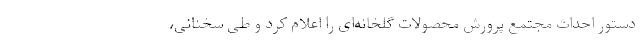
دستور احداث مجتمع پرورش محصولات گلخانه‌ای را اعلام کرد و طی سخنانی،